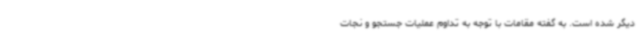
دیگر شده است. به گفته مقامات با توجه به تداوم عملیات جستجو و نجات